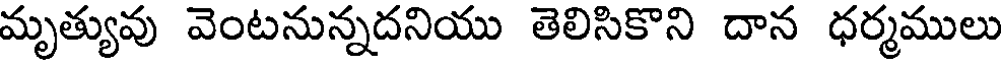
మృత్యువు వెంటనున్నదనియు తెలిసికొని దాన ధర్మములు